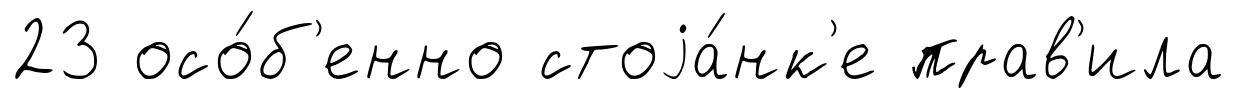
23 осо́б'енно стоjа́нк'е прав'ила